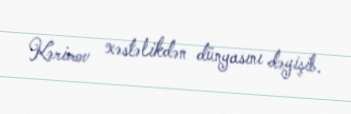
Kərimov xəstəlikdən dünyasını dəyişib.